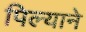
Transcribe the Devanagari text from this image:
पिल्याने